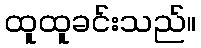
ထူထူခင်းသည်။